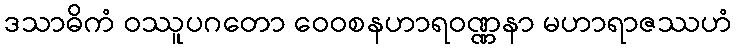
ဒသာဓိကံ ဝဿူပဂတော ဝေဝစနဟာရဝဏ္ဏနာ မဟာရာဇဿဟံ